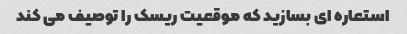
استعاره ای بسازید که موقعیت ریسک را توصیف می کند